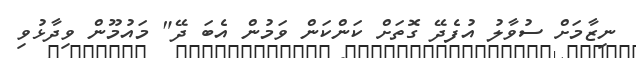
ނިޒާމަށް ސުވާލު އުފެދޭ ގޮތަށް ކަންކަން ވަމުން އެބަ ދޭ" މައުމޫން ވިދާޅުވި